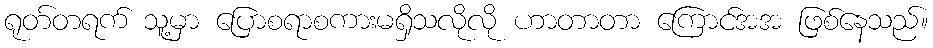
ရုတ်တရက် သူ့မှာ ပြောစရာစကားမရှိသလိုလို ဟာတာတာ ကြောင်အအ ဖြစ်နေသည်။